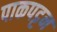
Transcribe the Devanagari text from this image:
पाकपट्टन